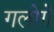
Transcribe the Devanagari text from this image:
गलोगे